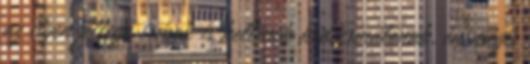
az ilyen jellegű írások is kellenek kedvcsinálónak, én mégis